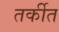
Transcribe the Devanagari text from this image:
तर्कीत